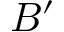
B ^ { \prime }